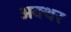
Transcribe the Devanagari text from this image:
अक्थर